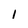
Character: 1